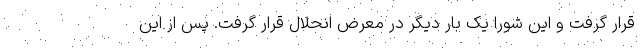
قرار گرفت و این شورا یک بار دیگر در معرض انحلال قرار گرفت. پس از این